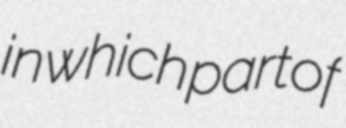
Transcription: in which part of